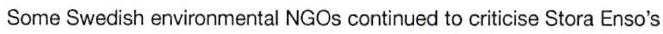
Some Swedish environmental NGOs continued to criticise Stora Enso's